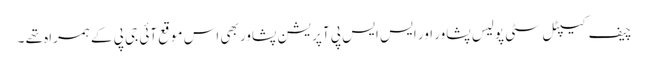
چیف کیپٹل سٹی پولیس پشاور اور ایس ایس پی آپریشن پشاور بھی اس موقع آئی جی پی کے ہمراہ تھے ۔